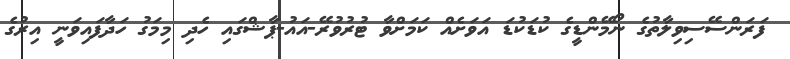
ފަރަންސޭސިވިލާތުގެ ނޯމޭންޑީގެ ކުޑަކުޑަ އަވަށެއް ކަމަށްވާ ޓުރުވުރޭ-އައު-ޕާޝްގައި ހެދި މިމަގު ހަދާފައިވަނީ އިރުގެ